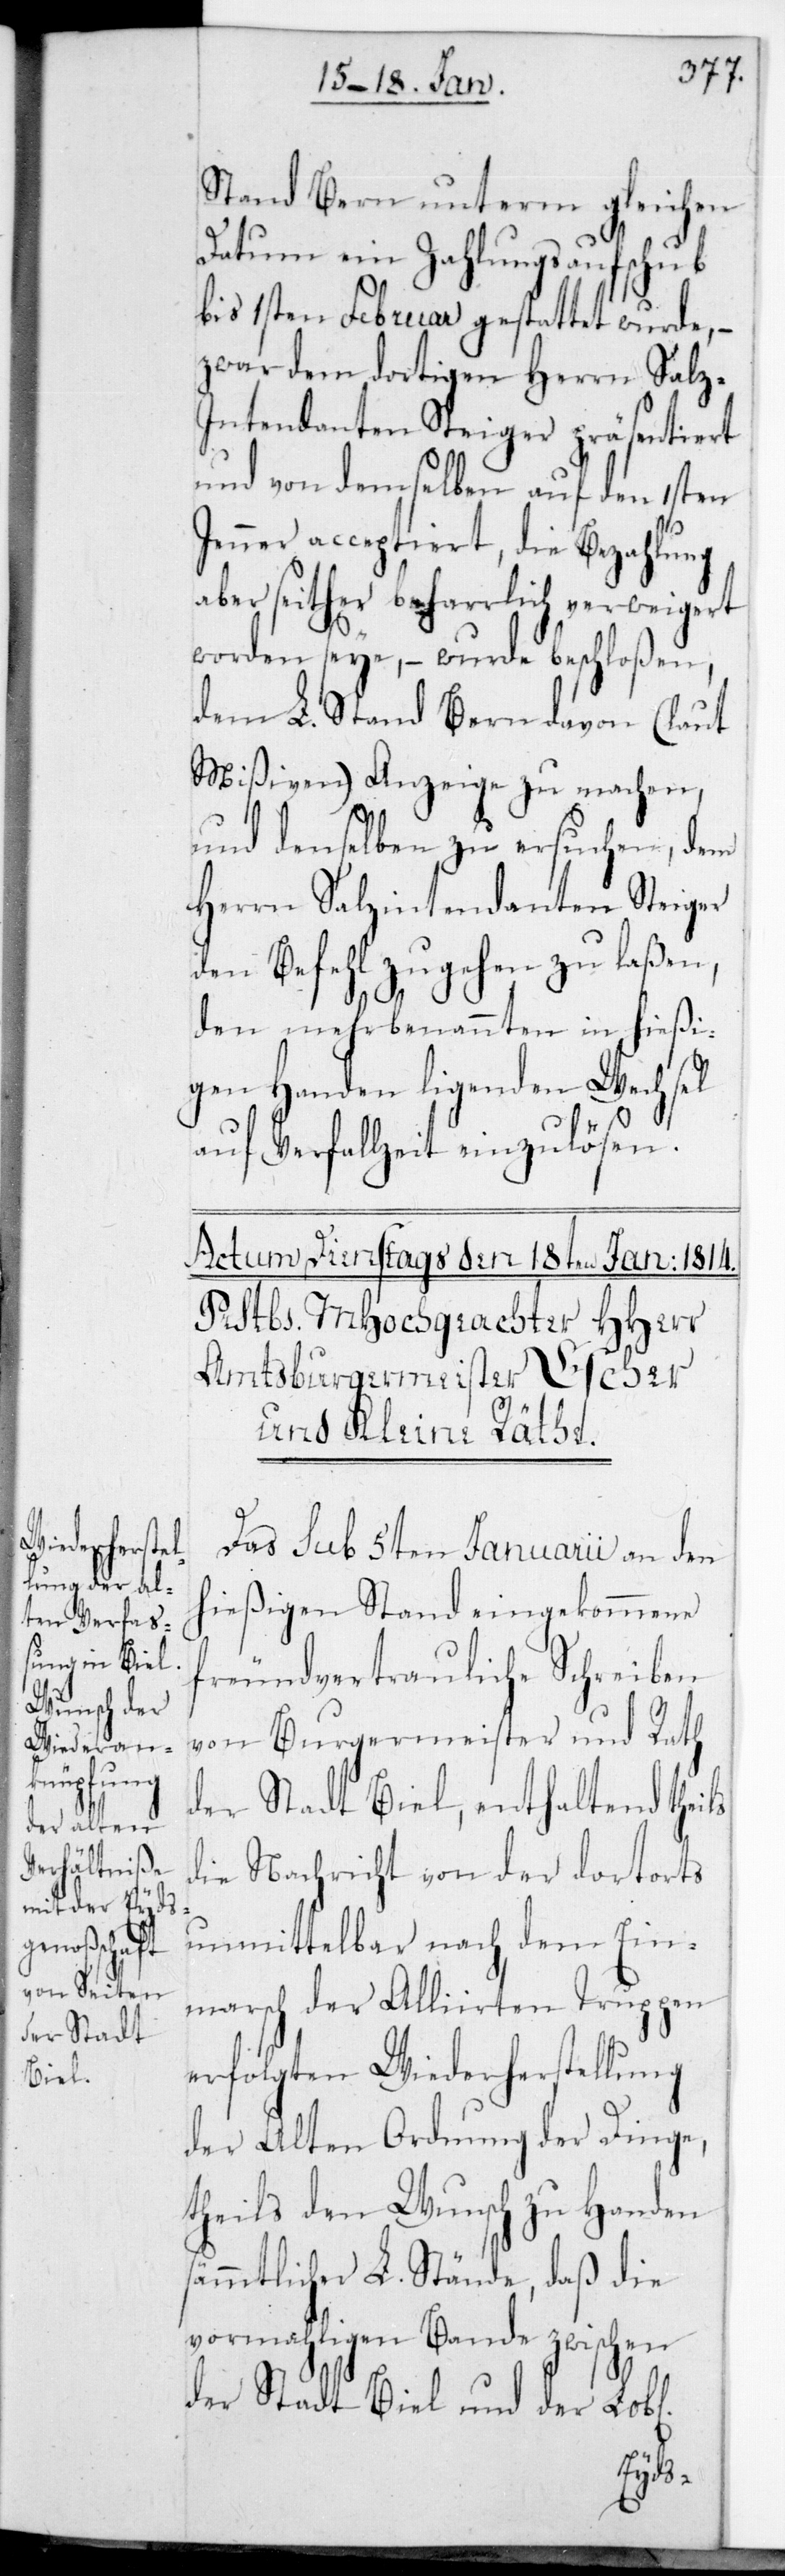
Stand Bern unterm gleichen
Datum ein Zahlungsaufschub
bis 1sten Februar gestattet wurde, –
zwar dem dortigen Herrn Salz¬
intendanten Steiger präsentiert
und von demselben auf den 1sten
Jenner acceptiert, die Bezahlung
aber seither beharrlich verweigert
worden seye, – wurde beschloßen,
dem L. Stand Bern davon (laut
Mißiven) Anzeige zu machen,
und denselben zu ersuchen, dem
Herrn Salzintendanten Steiger
den Befehl zugehen zu laßen,
s¬
den mehrbenannten, in hießi¬
gen Handen liegenden Wechsel
auf Verfallzeit einzulösen.
Das sub 5ten Januarii an den
hießigen Stand eingekommene
freundvertrauliche Schreiben
von Burgermeister und Rath
der Stadt Biel, enthaltend theils
die Nachricht von der dortorts
unmittelbar nach dem Ein¬
marsch der Alliirten Truppen
erfolgten Wiederherstellung
der alten Ordnung der Dinge,
theils den Wunsch zu Handen
ämmtlicher L. Stände, daß die
vormahligen Bande zwischen
der Stadt Biel und der Lobl.